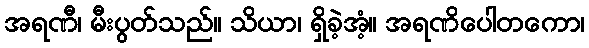
အရဏီ၊ မီးပွတ်သည်။ သိယာ၊ ရှိခဲ့အံ့။ အရဏိပေါတကော၊